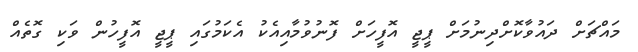
މައްޗަށް ދައުވާކޮށްދިނުމަށް ޕީޖީ އޮފީހަށް ފޮނުވުމާއިއެކު އެކަމުގައި ޕީޖީ އޮފީހުން ވަކި ގޮތެއް